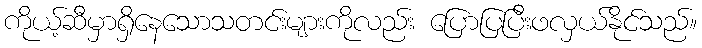
ကိုယ့်ဆီမှာရှိနေသောသတင်းများကိုလည်း ပြောပြပြီးဖလှယ်နိုင်သည်။